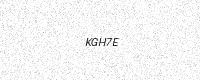
Text: KGH7E